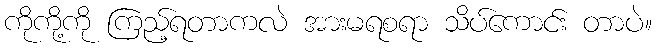
ကိုကို့ကို ကြည့်ရတာကလဲ အားမရစရာ သိပ်ကောင်း တာပဲ။